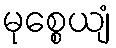
မုစ္စေယျံ